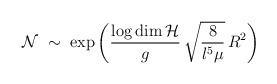
\begin{align*}{\cal N}\;\sim\;\exp\left(\frac{\log\dim{\cal H}}{g}\,\sqrt{\frac{8}{l^{5}\mu}}\,R^{2}\right)\end{align*}